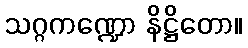
သဂ္ဂကဏ္ဍော နိဋ္ဌိတော။